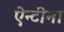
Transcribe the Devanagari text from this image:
ऐन्टीना